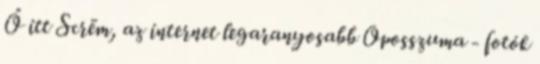
Ő itt Scrëm, az internet legaranyosabb Oposszuma - fotók